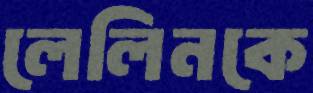
লেলিনকে